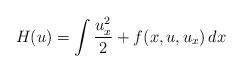
LaTeX: \begin{align*}H(u)=\int \frac{u_x^2}{2}+f(x, u, u_x)\, dx\end{align*}